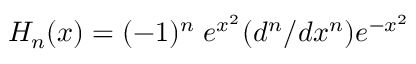
H _ { n } ( x ) = ( - 1 ) ^ { n } \; e ^ { x ^ { 2 } } ( d ^ { n } / d x ^ { n } ) e ^ { - x ^ { 2 } }